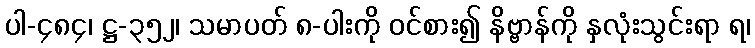
ပါ-၄၈၄၊ ဋ္ဌ-၃၅၂၊ သမာပတ် ၈-ပါးကို ဝင်စား၍ နိဗ္ဗာန်ကို နှလုံးသွင်းရာ ရ၊